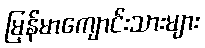
မြန်မာကျောင်းသားများ